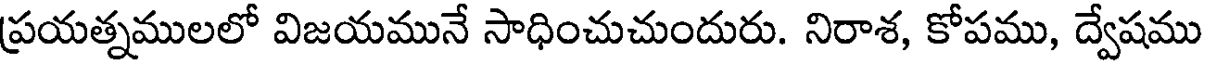
ప్రయత్నములలో విజయమునే సాధించుచుందురు. నిరాశ, కోపము, ద్వేషము